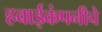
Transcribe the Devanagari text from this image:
हवाईकंपनीचे